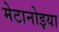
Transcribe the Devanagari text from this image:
मेटानोइया